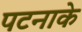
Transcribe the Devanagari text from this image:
पटनाके